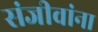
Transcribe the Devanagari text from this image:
संजीवांना